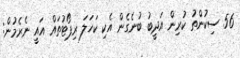
56 ސިކުންތު ކުރިން އަދީބު ބުނެގެން އެކި ކަހަލަ ރިޕޯޓުތައް އައީ ނެރެމުން: